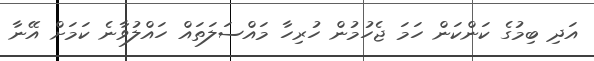
އަދި ބިމުގެ ކަންކަން ހަމަ ޖެހުމުން ހުރިހާ މައްސަލަތައް ހައްލުވާނެ ކަމަށް އޭނާ